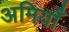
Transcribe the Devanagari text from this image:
अमियाँ